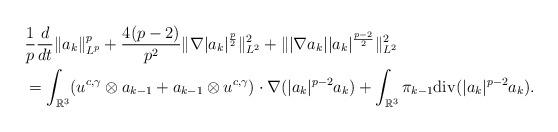
LaTeX: \begin{align*}&\frac{1}{p}\frac{d}{dt}\|a_{k}\|_{L^{p}}^{p}+\frac{4(p-2)}{p^{2}}\|\nabla|a_{k}|^{\frac{p}{2}}\|_{L^{2}}^{2}+\||\nabla a_{k}||a_{k}|^{\frac{p-2}{2}}\|_{L^{2}}^{2}\\&=\int_{\mathbb{R}^{3}}(u^{c,\gamma}\otimes a_{k-1}+a_{k-1}\otimes u^{c,\gamma})\cdot\nabla(|a_{k}|^{p-2}a_{k})+\int_{\mathbb{R}^{3}}\pi_{k-1}\mathrm{div}(|a_{k}|^{p-2}a_{k}).\end{align*}